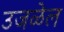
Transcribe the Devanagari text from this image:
उजळेल